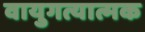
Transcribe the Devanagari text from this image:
वायुगत्यात्मक